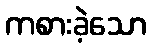
ကစားခဲ့သော